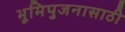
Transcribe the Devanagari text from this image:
भूमिपुजनासाठी